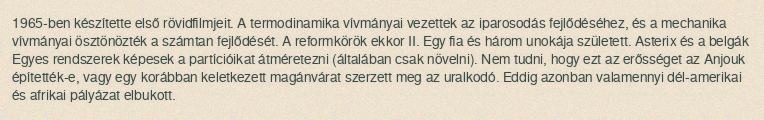
1965-ben készítette első rövidfilmjeit. A termodinamika vívmányai vezettek az iparosodás fejlődéséhez, és a mechanika vívmányai ösztönözték a számtan fejlődését. A reformkörök ekkor II. Egy fia és három unokája született. Asterix és a belgák Egyes rendszerek képesek a partícióikat átméretezni (általában csak növelni). Nem tudni, hogy ezt az erősséget az Anjouk építették-e, vagy egy korábban keletkezett magánvárat szerzett meg az uralkodó. Eddig azonban valamennyi dél-amerikai és afrikai pályázat elbukott.